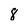
Character: 8